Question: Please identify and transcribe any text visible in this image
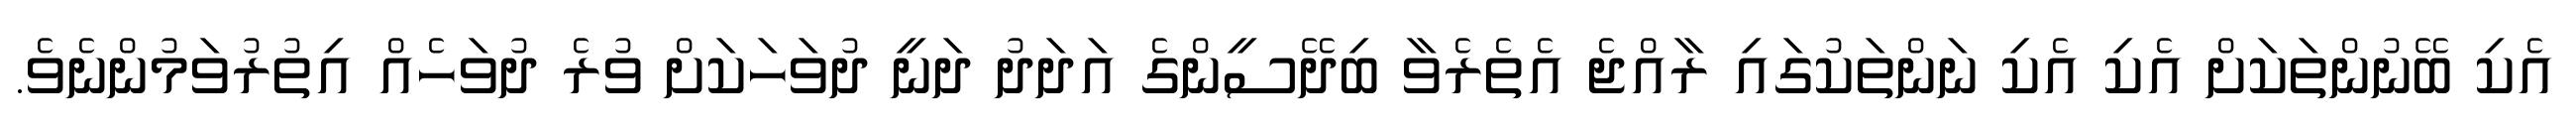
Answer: އެކި ބޭނުންތަކަށް އެކި އެކި ނަންތަކުގައި ރާއްޖެ އެތެރެވާ ބިދޭސީންގެ އަދަދު ދަނީ ދުވަހަކަށް ވުރެ ދުވަހެއް އިތުރުވަމުންނެވެ.